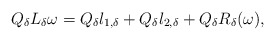
\begin{align*}Q_\delta L_\delta \omega=Q_\delta l_{1,\delta}+Q_\delta l_{2,\delta}+Q_\delta R_\delta(\omega),\end{align*}